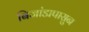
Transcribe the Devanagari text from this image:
बिजांडापासुन